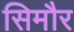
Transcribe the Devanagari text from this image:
सिमौर